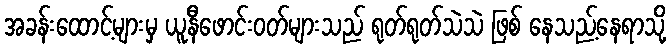
အခန်းထောင့်များမှ ယူနီဖောင်းဝတ်များသည် ရုတ်ရုတ်သဲသဲ ဖြစ် နေသည့်နေရာသို့